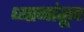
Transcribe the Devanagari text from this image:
ध्यानांतून